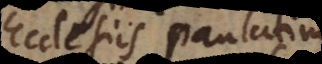
Ecclesiis paulatim